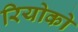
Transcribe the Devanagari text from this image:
रियोको